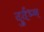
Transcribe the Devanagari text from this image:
दुर्दभ्म